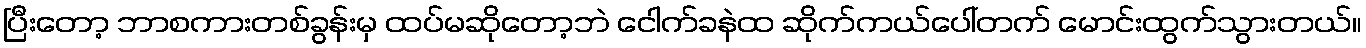
ပြီးတော့ ဘာစကားတစ်ခွန်းမှ ထပ်မဆိုတော့ဘဲ ငေါက်ခနဲထ ဆိုက်ကယ်ပေါ်တက် မောင်းထွက်သွားတယ်။